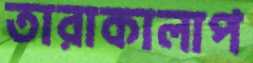
তারাকালাপ